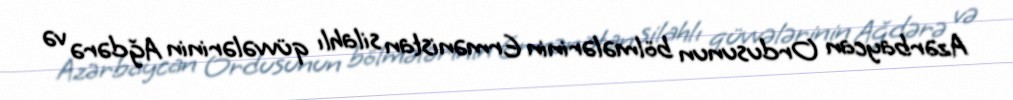
Azərbaycan Ordusunun bölmələrinin Ermənistan silahlı qüvvələrinin Ağdərə və